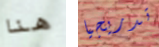
هنا تدريجيا